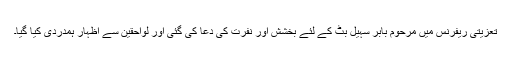
تعزیتی ریفرنس میں مرحوم بابر سہیل بٹ کے لئے بخشش اور نفرت کی دعا کی گئی اور لواحقین سے اظہار ہمدردی کیا گیا۔